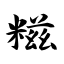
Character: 糍